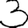
Digit: 3